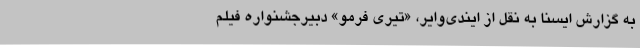
به گزارش ایسنا به نقل از ایندی‌وایر، «تیری فرمو» دبیرجشنواره فیلم